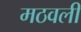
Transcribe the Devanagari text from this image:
मठवली